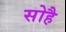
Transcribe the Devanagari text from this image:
सोहै